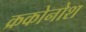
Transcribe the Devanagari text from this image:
क्रकोनोश